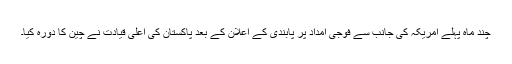
چند ماہ پہلے امریکہ کی جانب سے فوجی امداد پر پابندی کے اعلان کے بعد پاکستان کی اعلیٰ قیادت نے چین کا دورہ کیا۔